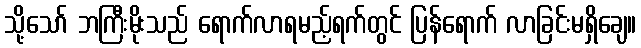
သို့သော် ဘကြီးမိုးသည် ရောက်လာရမည့်ရက်တွင် ပြန်ရောက် လာခြင်းမရှိချေ။